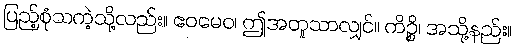
ပြည့်စုံသကဲ့သို့လည်း။ ဧဝမေဝ၊ ဤအတူသာလျှင်။ ကိဉ္စိ၊ အသို့နည်း။